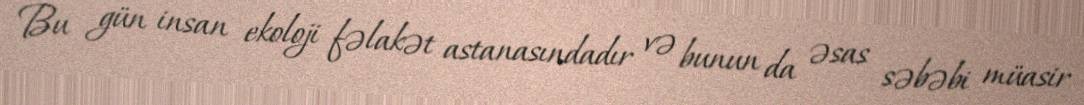
Bu gün insan ekoloji fəlakət astanasındadır və bunun da əsas səbəbi müasir